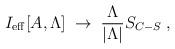
LaTeX: \begin{align*}I_{\mathrm{eff}}[A,\Lambda]\;\to\; \frac{\Lambda}{|\Lambda|} S_{C-S}\;,\end{align*}